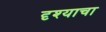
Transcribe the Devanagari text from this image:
दृश्याचा